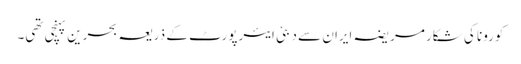
کورونا کی شکار مریضہ ایران سے دبئی ایئرپورٹ کے ذریعہ بحرین پہنچی تھی۔